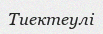
Тиектеулі